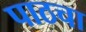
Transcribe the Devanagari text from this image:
पाठचा